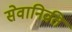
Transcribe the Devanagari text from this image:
सेवानिव्रति